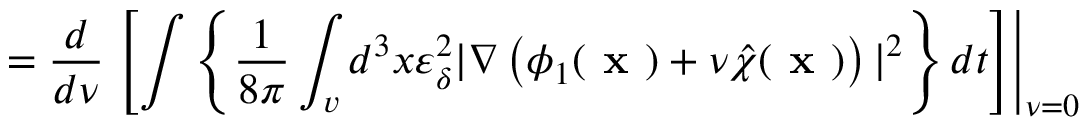
= \frac { d } { d \nu } \left. \left[ \int \left\{ \frac { 1 } { 8 \pi } \int _ { v } d ^ { 3 } x \varepsilon _ { \delta } ^ { 2 } | \nabla \left( \phi _ { 1 } ( \textbf { x } ) + \nu \hat { \chi } ( \textbf { x } ) \right) | ^ { 2 } \right\} d t \right] \right\vert _ { \nu = 0 }